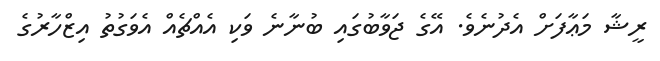
ރީޝާ މަޢާފަަށް އެދުނެެވެ. އޭގެ ޖަވާބުގައި ބުނާނެ ވަކި އެއްޗެއް އެވަގުތު އިޒްހާރުގެ